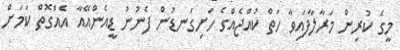
މީގެ ކުރިން މަރާލާފައިވާ ހަތް ކުއްޖެއްގެ ހަށިގަނޑުން ފެނުނު ޑީއެންއޭއާ އެއްގޮތް ކަމަށް